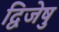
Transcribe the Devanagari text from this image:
द्विजेषु